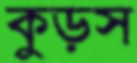
কুড়স